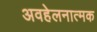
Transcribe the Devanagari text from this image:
अवहेलनात्मक